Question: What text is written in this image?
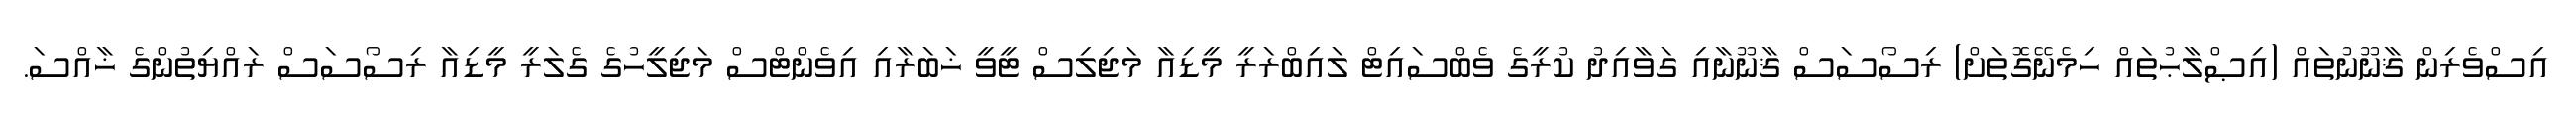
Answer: އިސްވެރިން ޤާނޫނުތައް (އިޞްލާޙުތައް ހިމެނޭގޮތަށް) ރިސޯސަސް ޤާނޫނާއި ގަވާއިދު ކުރީގެ ވެބްސައިޓް ލައިބްރަރީ މީޑިއާ މަޖިލިސް ޓީވީ ޚަބަރާއި އިވެންޓްސް މަޖިލީހުގެ ގެލަރީ މީޑިއާ ރިސޯސަސް ރައްޔިތުންގެ ޚާއްސަ.